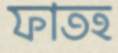
ফাতহ